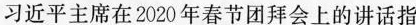
习近平主席在2020年春节团拜会上的讲话指